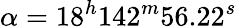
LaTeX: \alpha=18^{h}142^{m}56.22^{s}